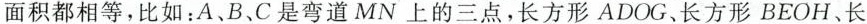
面积都相等，比如：A、B、C是弯道MN上的三点，长方形ADOG、长方形BEOH、长